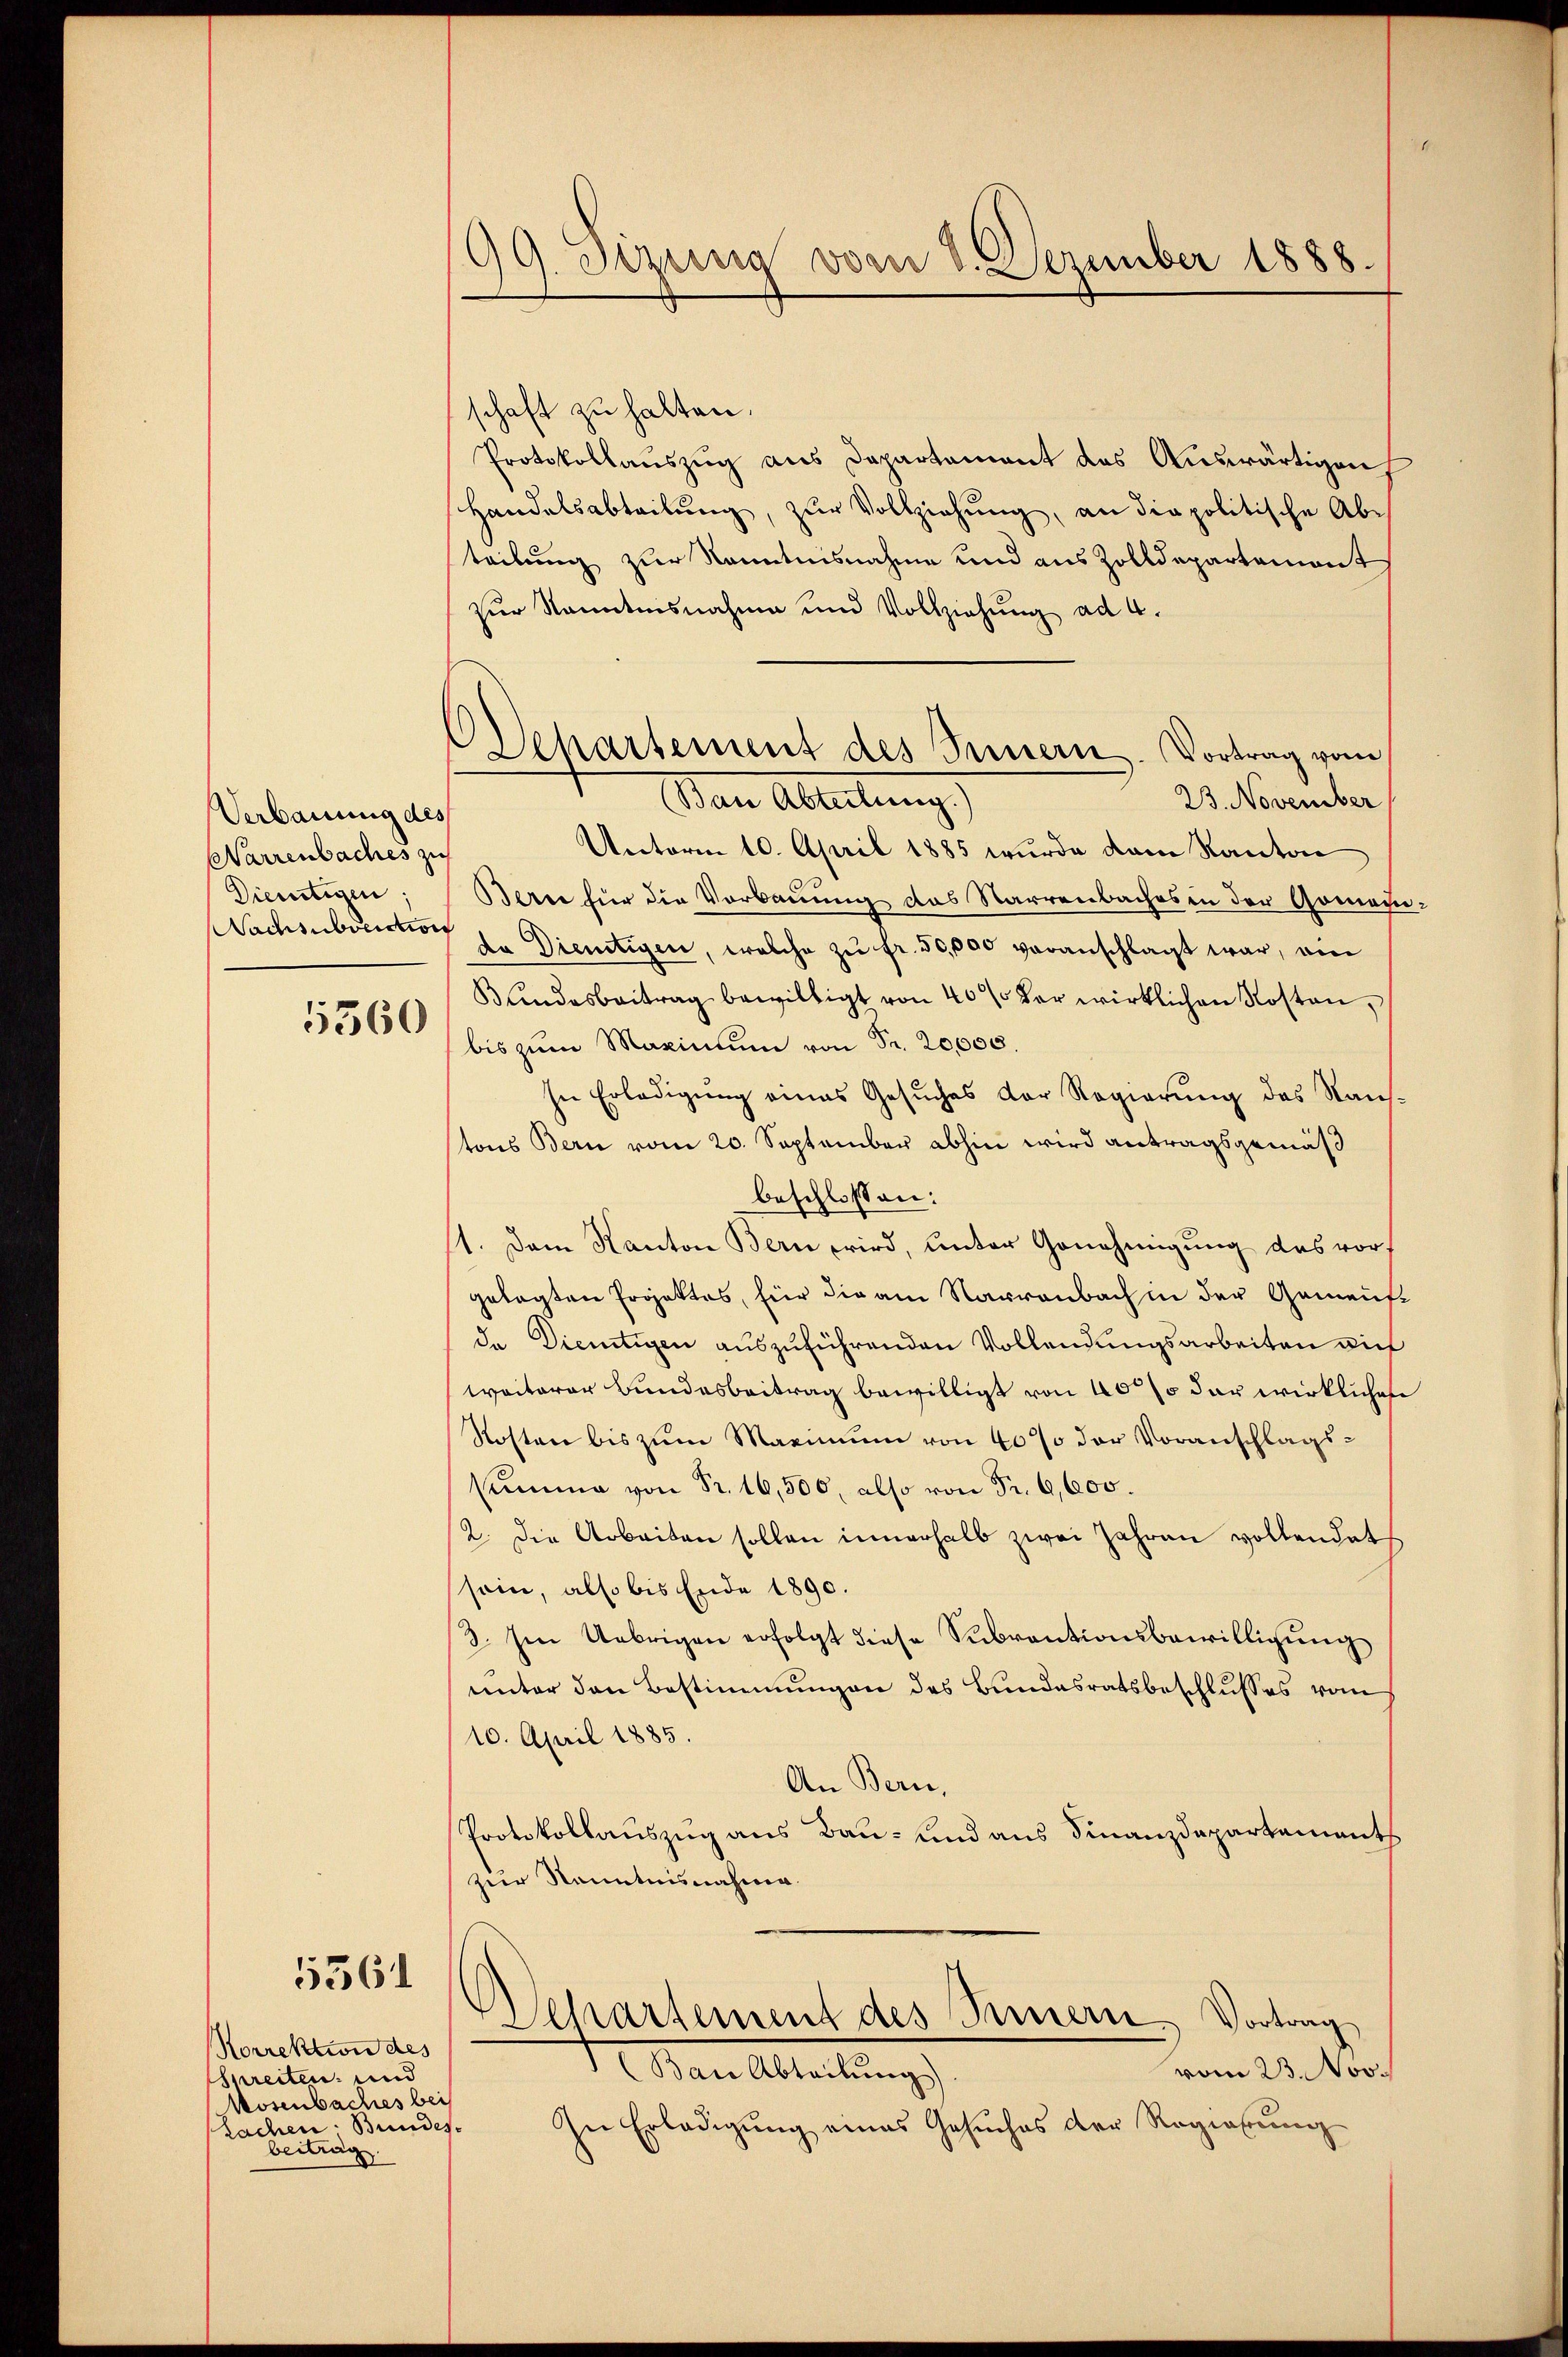
Verbauung des
Warrenbaches zu
Dienstigen:
Nachsubvenction
5560

5361

Korrektion des
Streiten und
Wosenbaches bei
Sachen Bundes-
beitrag

199. Dezung vom 8. Dezember 1888.

schaft zu halten.
Protokollauszug aus Departament das Auswärtigen
Handelsabteilŭng, zŭr Vollziehŭng, an die politische Abe
teilung zur Nanntnisnahme und aus Zolldepartemont
zur Kenntnisnahme und Vollziehung ad 4.
Ban Ableitung,
23. November
Unterm 10. April 1885 wurde dem Kanton
Bern für die Vorbauung das Starrenbaches in der Gemein:
da Dientigen, welche zŭ fr. 50,000 veranschlagt war, am
Bŭndesbeitrag bewilligt von 40% der wirklichen Kosten,
bis zum Maximum von Fr. 20,000.
In Erledigŭng eines Gesŭches der Regierŭng des Staŭs-
tons Bern vom 20. September abhin wird antragsgemäß
beschlossen:
1. Dem Kanton Bern wird, unter Genehmigung das vor,
gelegten Projektes, für die am Narrenbach in der Gemeinsde Dietigen auszuführenden Vollendungsarbeiten auf
weiterer Bundesbeitrag bewilligt von 40 so dar wirkliches
Kosten bis zum Maximum von 40% der Voranschlagssumme von Fr. 16,500, also von Fr. 6,600.
2. Die Arbeiten sollen innerhalb zwei Jahren vollendet
sein, also bis Ende 1890.
3. Im Uebrigen erfolgt diese Subrantionsbewilligung
unter den Bestimmungen des Bundesratsbeschlusses vom
10. April 1885.
An Bern,
Protokollauszug aus Bau- und aus Finanzdepartements
zur Kenntnisnahme
Separtement des Innern, Vortrag
Male Abteilung
vom 23. Nov.
In Erledigŭng eines Gesŭches der Regierŭng

Dehartement des Innern. Vortrag vom